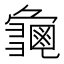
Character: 𮯛